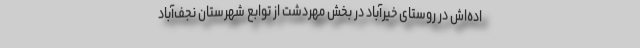
اده‌اش در روستای خیرآباد در بخش مهردشت از توابع شهرستان نجف‌آباد